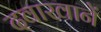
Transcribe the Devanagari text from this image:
दवाखानें